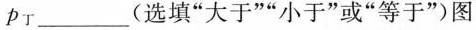
P_{丁}\underline(选填”大于””小于”或”等于”)图